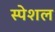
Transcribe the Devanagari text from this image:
स्‍पेशल